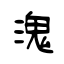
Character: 溾